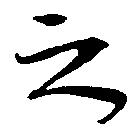
之